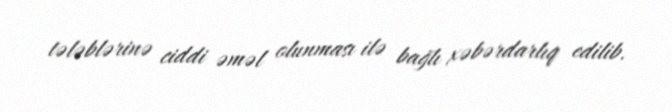
tələblərinə ciddi əməl olunması ilə bağlı xəbərdarlıq edilib.